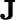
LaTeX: \mathbf{J}